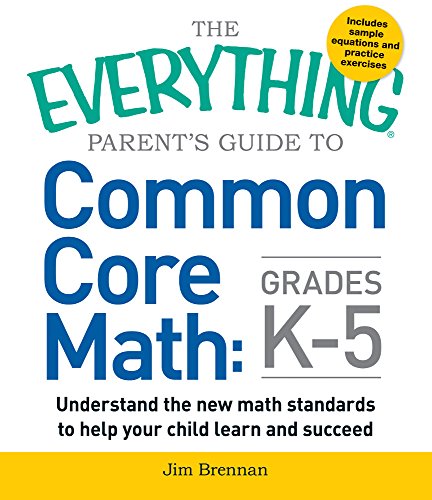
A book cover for The Everything Parent's Guide to Common Core Math Grades K-5; Jim Brennan; Education & Teaching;